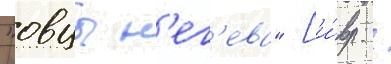
"овцы н'ег'ева" [и́вр. /